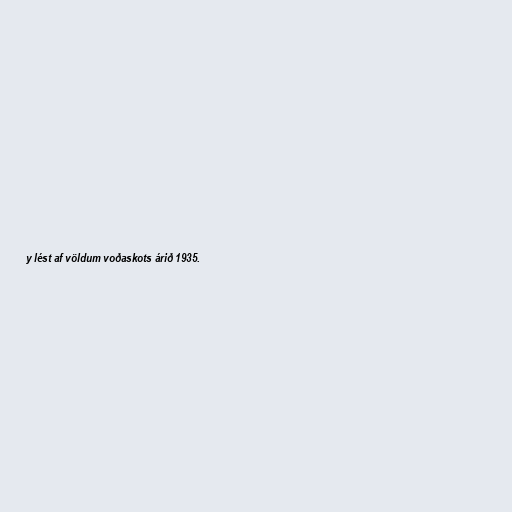
y lést af völdum voðaskots árið 1935.